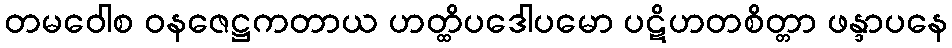
တမဝေါစ ဝနဇေဋ္ဌကတာယ ဟတ္ထိပဒေါပမော ပဋိဟတစိတ္တာ ဖန္ဒာပနေ